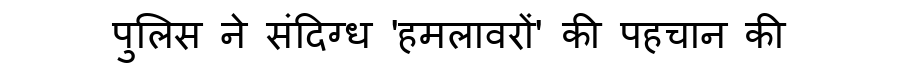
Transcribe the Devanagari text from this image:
पुलिस ने संदिग्ध 'हमलावरों' की पहचान की